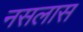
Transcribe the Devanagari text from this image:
नसलास